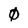
Character: 0